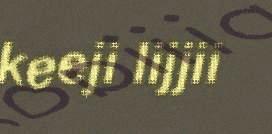
keeji lijjii